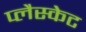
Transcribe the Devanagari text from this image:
प्लैस्केट